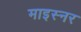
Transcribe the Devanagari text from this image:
माइस्नर